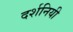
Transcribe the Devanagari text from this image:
दर्शनियी